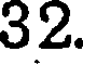
32.